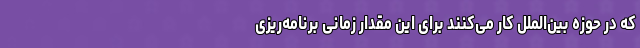
که در حوزه بین‌الملل کار می‌کنند برای این مقدار زمانی برنامه‌ریزی